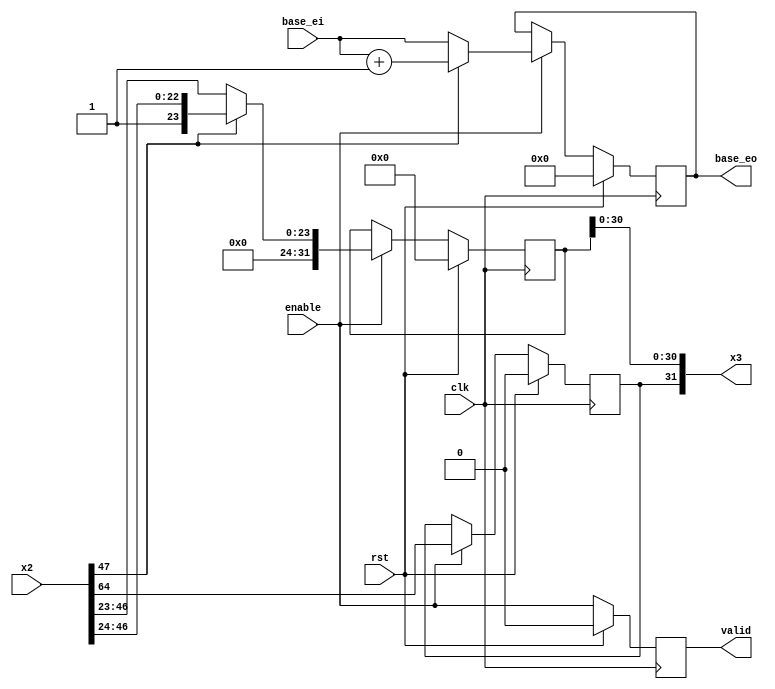
`timescale 1ns / 1ps
//////////////////////////////////////////////////////////////////////////////////
// Company: 
// Engineer: 
// 
// Design Name: 
// Module Name:    fmul_pipline3 
// Project Name: 
// Target Devices: 
// Tool versions: 
// Description: 
//
// Dependencies: 
//
// Revision: 
// Revision 0.01 - File Created
// Additional Comments: 
//
//////////////////////////////////////////////////////////////////////////////////
module fmul_pipline3(
    input clk,
    input rst,

    //s1, significand64
    input[64:0] x2,
    input[8:0]  base_ei,
    input       enable,

    //s1, significand32
    output[31:0] x3,
    output[8:0]  base_eo,
    output       valid
);

////////////////////////////////////////////////////////////
wire       X2_s;
wire[8:0]  X2_exponent;
wire[63:0] X2_significand;

assign X2_s             = x2[64];
assign X2_exponent      = base_ei;
assign X2_significand   = x2[63:0];

////////////////////////////////////////////////////////////
reg       rX3_s;
reg[8:0]  rX3_exponent;
reg[31:0] rX3_significand;

reg _valid;

////////////////////////////////////////////////////////////
always@(posedge clk)
begin
    if (rst) begin
        rX3_s           <= 0;
        rX3_exponent    <= 0;
        rX3_significand <= 0;
    end
    else if (enable) begin
        if (X2_significand[47]) begin
            rX3_s           <= X2_s;
            rX3_exponent    <= X2_exponent + 9'd1;
            rX3_significand <= {8'h0, X2_significand[47:24]};
        end
        else begin
            rX3_s           <= X2_s;
            rX3_exponent    <= X2_exponent;
            rX3_significand <= {8'h0, X2_significand[46:23]};
        end
    end
    else begin
        rX3_s           <= rX3_s;
        rX3_exponent    <= rX3_exponent;
        rX3_significand <= rX3_significand;
    end
end

////////////////////////////////////////////////////////////
always@(posedge clk)
begin
    if (rst)
        _valid <= 1'b0;
    else
        _valid <= enable;
end

assign x3       = {rX3_s, rX3_significand[30:0]};
assign base_eo  = rX3_exponent;
assign valid    = _valid;

endmodule